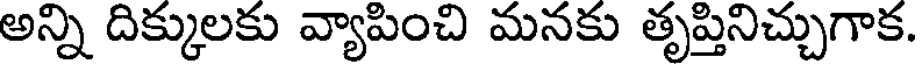
అన్ని దిక్కులకు వ్యాపించి మనకు తృప్తినిచ్చుగాక.